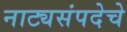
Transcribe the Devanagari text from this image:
नाट्यसंपदेचे